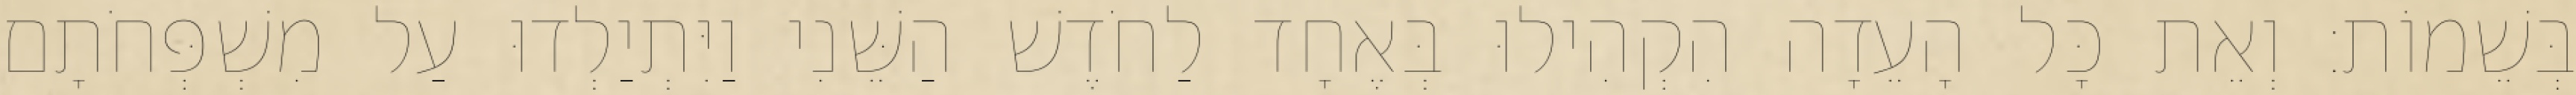
בְּשֵׁמוֹת׃ וְאֵת כָּל הָעֵדָה הִקְהִילוּ בְּאֶחָד לַחֹדֶשׁ הַשֵּׁנִי וַיִּתְיַלְדוּ עַל מִשְׁפְּחֹתָם